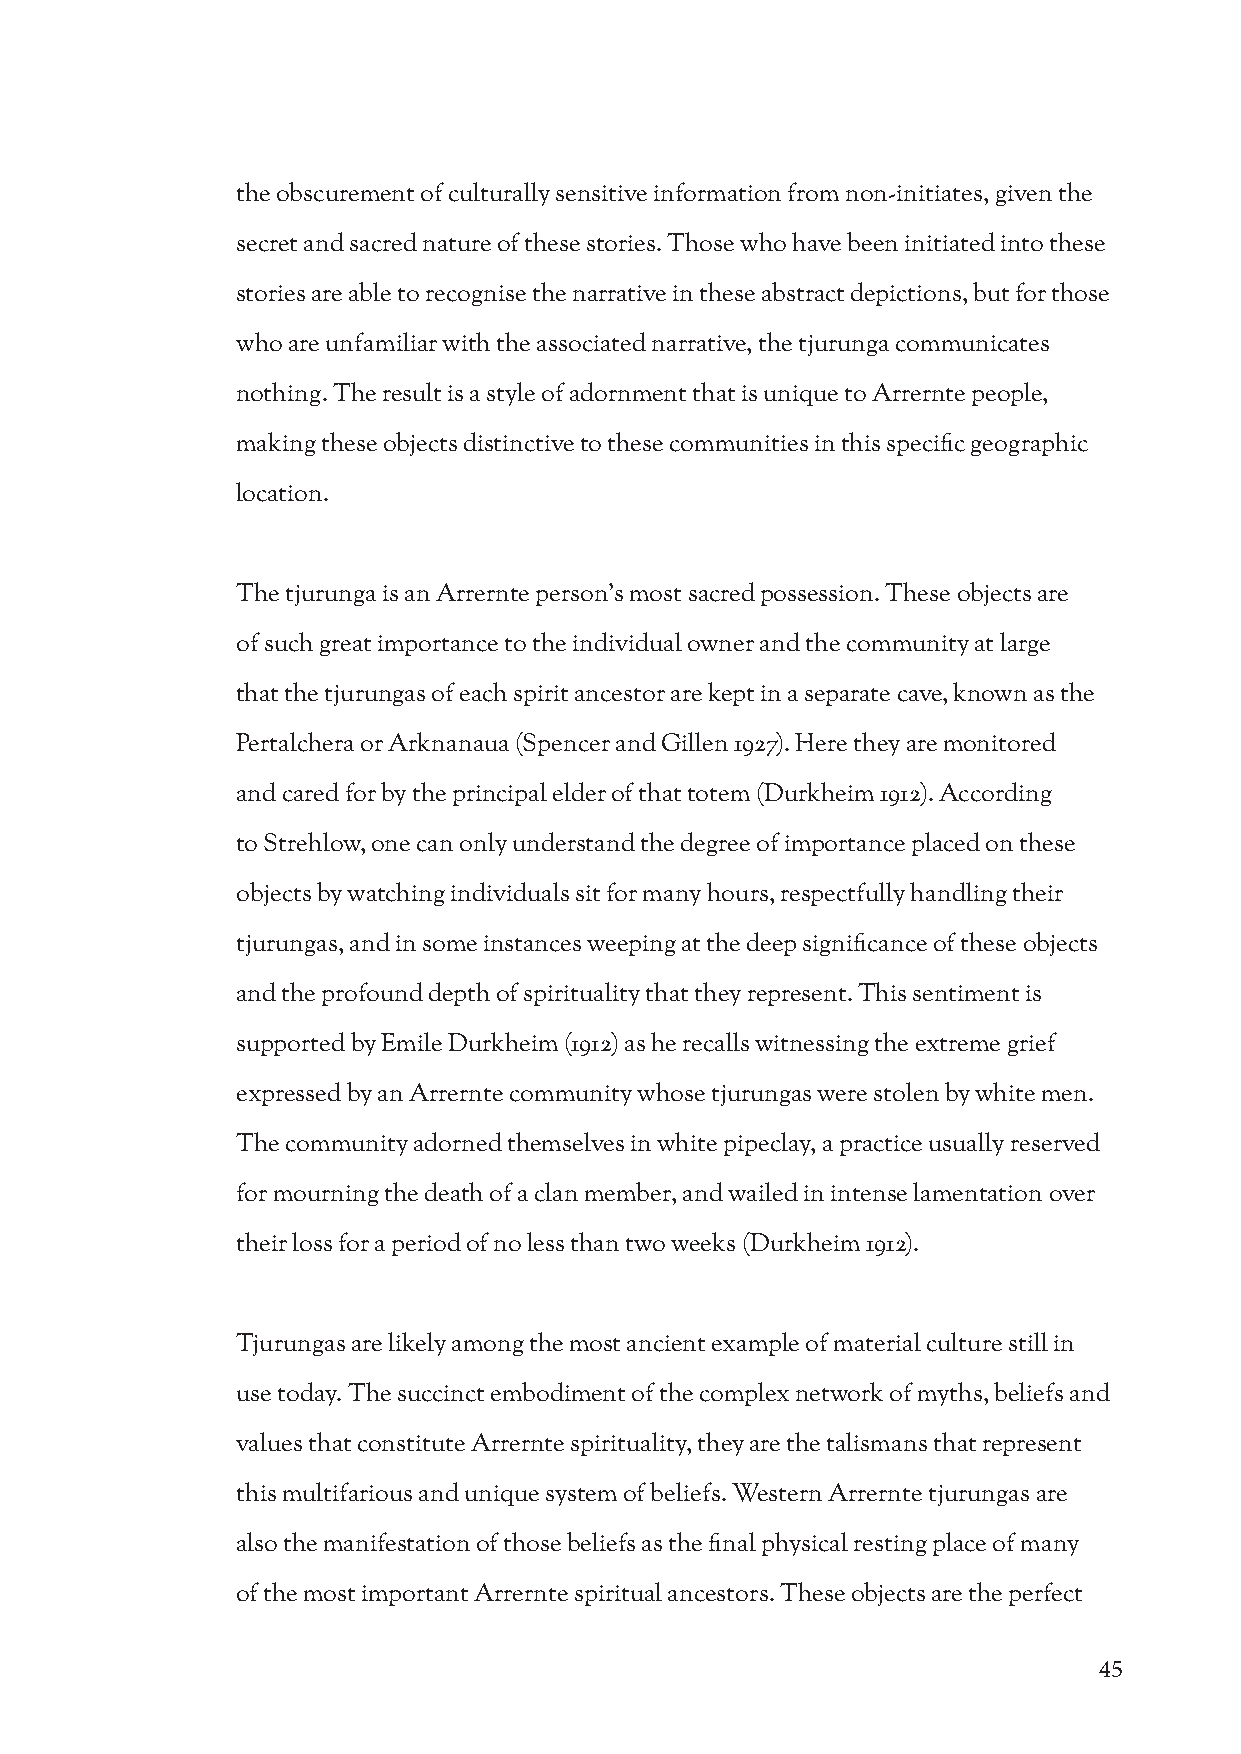
the obscurement of culturally sensitive information from non-initiates, given the
 secret and sacred nature of these stories. Those who have been initiated into these
 stories are able to recognise the narrative in these abstract depictions, but for those
 who are unfamiliar with the associated narrative, the tjurunga communicates
 nothing. The result is a style of adornment that is unique to Arrernte people,
 making these objects distinctive to these communities in this specific geographic
 location.
 The tjurunga is an Arrernte person’s most sacred possession. These objects are
 of such great importance to the individual owner and the community at large
 that the tjurungas of each spirit ancestor are kept in a separate cave, known as the
 Pertalchera or Arknanaua (Spencer and Gillen 1927). Here they are monitored
 and cared for by the principal elder of that totem (Durkheim 1912). According
 to Strehlow, one can only understand the degree of importance placed on these
 objects by watching individuals sit for many hours, respectfully handling their
 tjurungas, and in some instances weeping at the deep significance of these objects
 and the profound depth of spirituality that they represent. This sentiment is
 supported by Emile Durkheim (1912) as he recalls witnessing the extreme grief
 expressed by an Arrernte community whose tjurungas were stolen by white men.
 The community adorned themselves in white pipeclay, a practice usually reserved
 for mourning the death of a clan member, and wailed in intense lamentation over
 their loss for a period of no less than two weeks (Durkheim 1912).
 Tjurungas are likely among the most ancient example of material culture still in
 use today. The succinct embodiment of the complex network of myths, beliefs and
 values that constitute Arrernte spirituality, they are the talismans that represent
 this multifarious and unique system of beliefs. Western Arrernte tjurungas are
 also the manifestation of those beliefs as the final physical resting place of many
 of the most important Arrernte spiritual ancestors. These objects are the perfect
 45